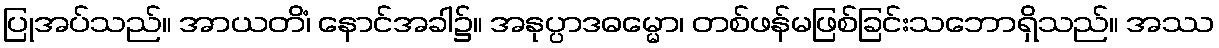
ပြုအပ်သည်။ အာယတိံ၊ နောင်အခါ၌။ အနုပ္ပာဒဓမ္မော၊ တစ်ဖန်မဖြစ်ခြင်းသဘောရှိသည်။ အဿ